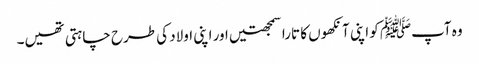
وہ آپﷺ کو اپنی آنکھوں کا تارا سمجھتیں اور اپنی اولاد کی طرح چاہتی تھیں۔